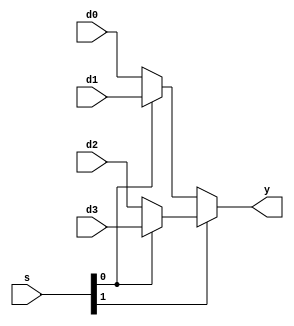
module mux4
#(parameter WIDTH = 8) (
	input wire[WIDTH-1:0] d0,d1,d2,d3,
	input wire [1:0] s,
	output wire[WIDTH-1:0] y
    );

	assign y = s[1] ? (s[0] ?d3 : d2) : (s[0] ?d1 : d0);
endmodule